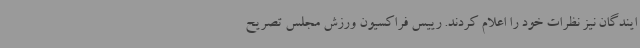
ایندگان نیز نظرات خود را اعلام کردند. رییس فراکسیون ورزش مجلس تصریح